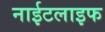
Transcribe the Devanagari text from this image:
नाईटलाइफ